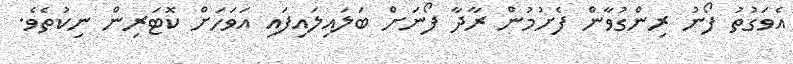
އެވަގުތު ފޯނު ރިންގުވާން ފެށުމުން ރާދާ ފޯނަށް ބަލައިލައިފައި އަވަހަށް ކޮޓަރިން ނިކުތެވެ.